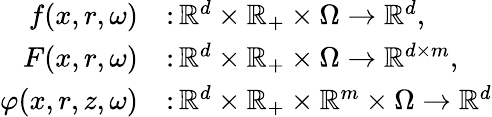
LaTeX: \begin{array}{rl}{f(x,r,\omega)}&{\colon\mathbb{R}^{d}\times\mathbb{R}_{+}\times\Omega\to\mathbb{R}^{d},}\\ {F(x,r,\omega)}&{\colon\mathbb{R}^{d}\times\mathbb{R}_{+}\times\Omega\to\mathbb{R}^{d\times m},}\\ {\varphi(x,r,z,\omega)}&{\colon\mathbb{R}^{d}\times\mathbb{R}_{+}\times\mathbb{R}^{m}\times\Omega\to\mathbb{R}^{d}}\end{array}